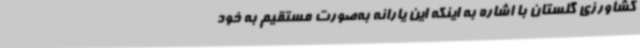
کشاورزی گلستان با اشاره به اینکه این یارانه به‌صورت مستقیم به خود